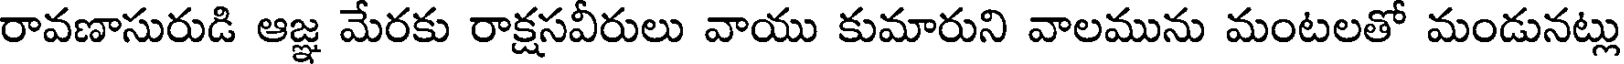
రావణాసురుడి ఆజ్ఞ మేరకు రాక్షసవీరులు వాయు కుమారుని వాలమును మంటలతో మండునట్లు